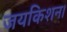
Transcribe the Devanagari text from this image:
जयकिशन।